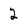
Character: 2